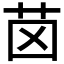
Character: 𦭤